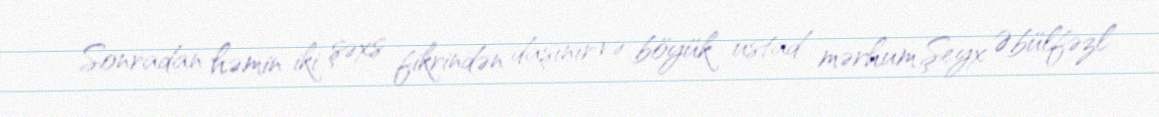
Sonradan həmin iki şəxs fikrindən daşınır və böyük ustad mərhum Şeyx Əbülfəzl